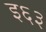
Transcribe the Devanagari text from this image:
इ६३